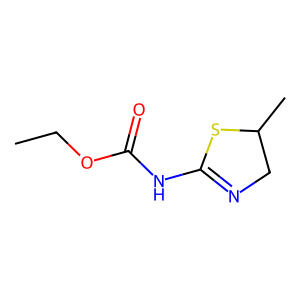
SMILES: CCOC(=O)NC1=NCC(C)S1
Inhibits HIV replication: No